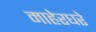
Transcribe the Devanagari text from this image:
माहेरघरे